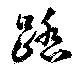
踏